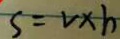
S = v \times h